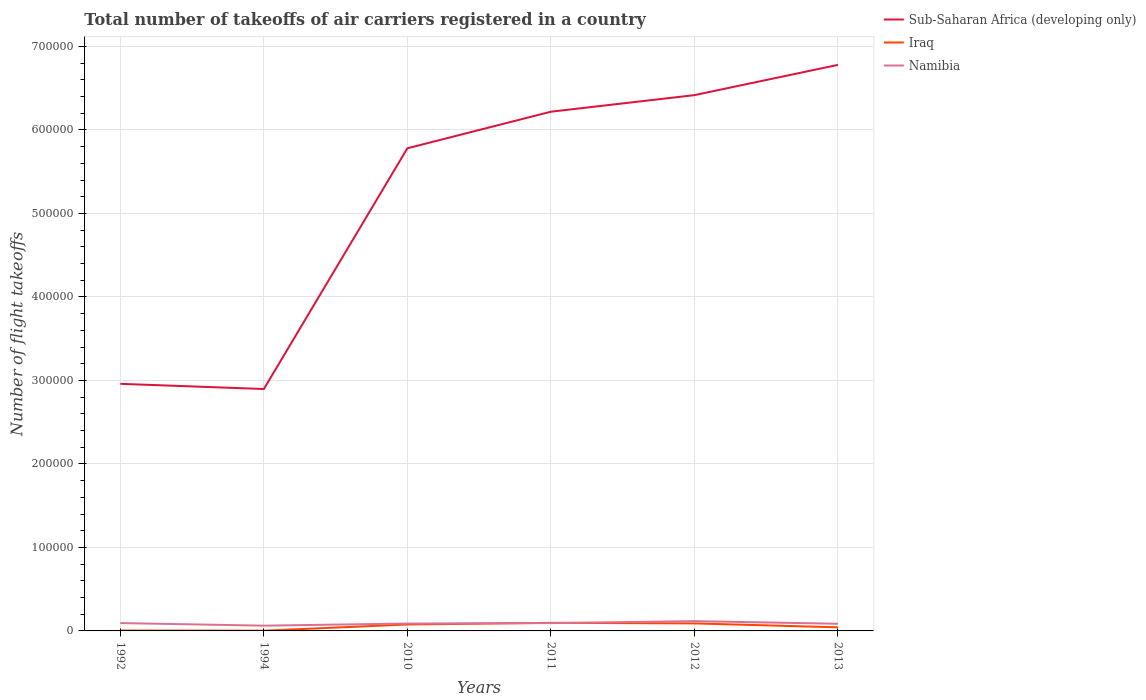
| Years | Sub-Saharan Africa (developing only) | Iraq | Namibia |
 | --- | --- | --- | --- |
 | 1992 | 2.96e+05 | 500 | 9.4e+03 |
 | 1994 | 2.9e+05 | 300 | 6.3e+03 |
 | 2010 | 5.78e+05 | 7.69e+03 | 8.84e+03 |
 | 2011 | 6.22e+05 | 9.7e+03 | 9.4e+03 |
 | 2012 | 6.42e+05 | 8.99e+03 | 1.17e+04 |
 | 2013 | 6.78e+05 | 4.32e+03 | 8.57e+03 |